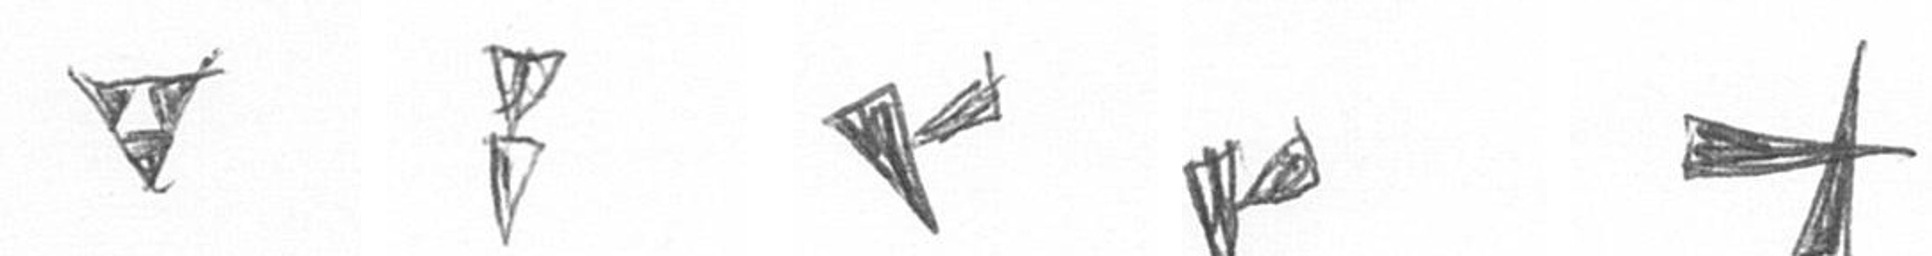
S Z F F G